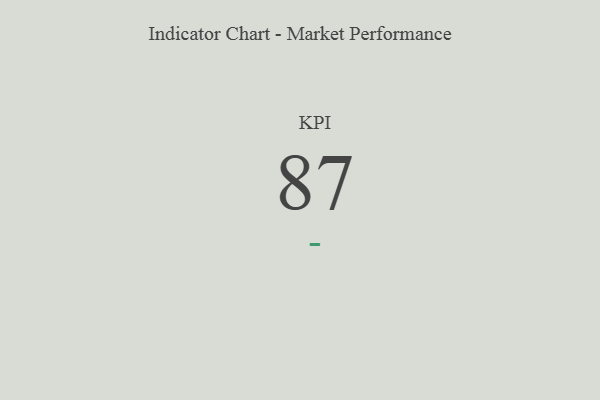
{"axis": {"x": "KPI", "y": "Value"}, "legend": [""], "data": [{"x": "KPI", "y": 87, "type": ""}]}